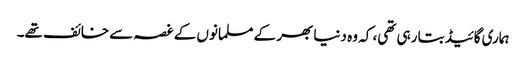
ہماری گائیڈ بتا رہی تھی، کہ و ہ دنیا بھر کے مسلمانوں کے غصہ سے خائف تھے۔